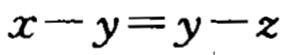
\(x - y = y - z\)